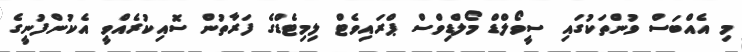
މި އެއްބަސް ވުންތަކުގައި ސީވޯލްޑް މޯލްޑިވްސް ޕްރައިވެޓް ލިމިޓެޑްގެ ފަރާތުން ސޮއިކުރެއްވީ އެކުންފުނީގެ